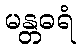
မန္တဓရံ